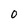
Character: O